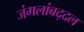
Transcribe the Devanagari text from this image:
जंगलांबद्दल